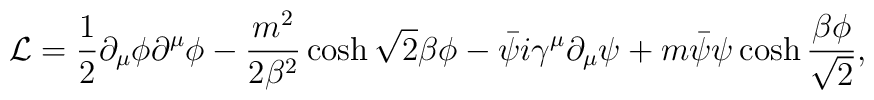
{\cal L} = \frac12 \partial_\mu \phi \partial^\mu \phi -   \frac{m^2}{2\beta^2} \cosh\sqrt2\beta \phi - \bar\psi i\gamma^\mu \partial_\mu \psi  + m\bar\psi \psi\cosh\frac{\beta\phi}{\sqrt2},